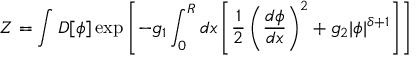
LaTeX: Z = \int { \cal { D } } [ \phi ] \exp \left[ - g _ { 1 } \int _ { 0 } ^ { R } d x \left[ \frac { 1 } { 2 } \left( \frac { d \phi } { d x } \right) ^ { 2 } + g _ { 2 } \vert \phi \vert ^ { \delta + 1 } \right] \right]